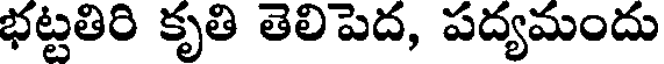
భట్టతిరి కృతి తెలిపెద, పద్యమందు